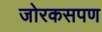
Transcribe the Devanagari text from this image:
जोरकसपण